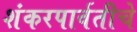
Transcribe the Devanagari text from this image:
शंकरपार्वतीचे